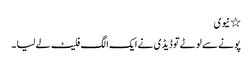
٭ نیوی
پونے سے لوٹے توڈیڈی نے ایک الگ فلیٹ لے لیا ۔